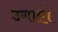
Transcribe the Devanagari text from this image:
उगाएं।